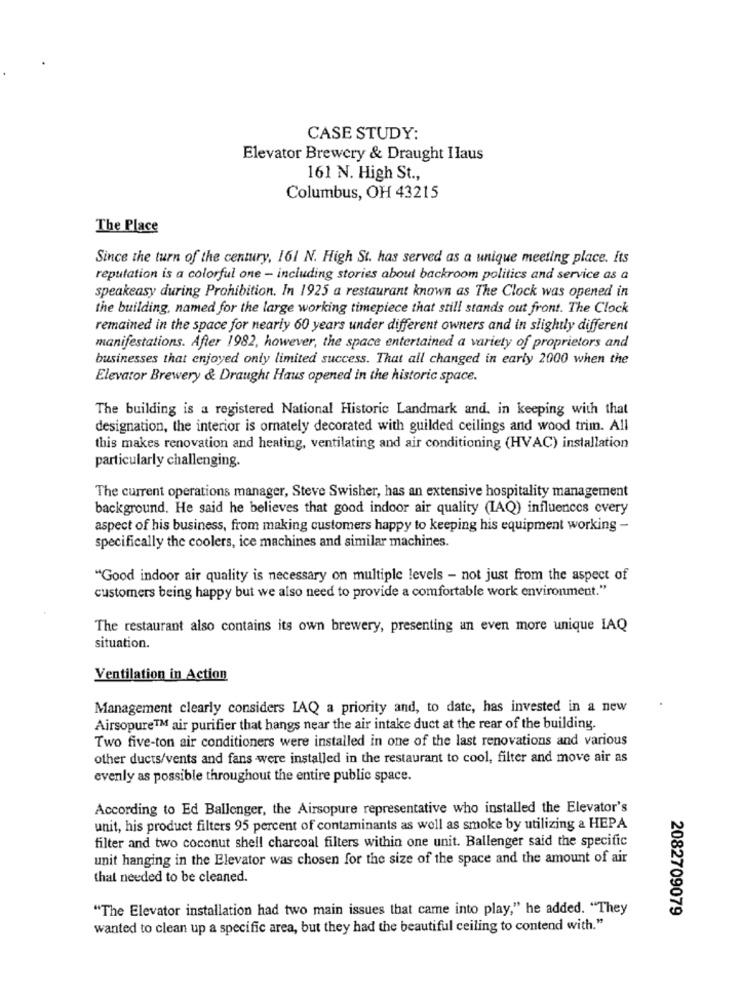
CASE STUDY:
Elevator Brewery & Draught Ilaus
161 N. High St .,
Columbus, OH 43215
The Place
Since the turn of the century, 161 N. High St. has served as a unique meeting place. its
reputation is a colorful one - including stories about backroom politics and service as a
speakeasy during Prohibition. In 1925 a restaurant known as The Clock was opened in
the building, named for the large working timepiece that still stands out front. The Clock
remained in the space for nearly 60 years under different owners and in slightly different
manifestations. After 1982, however, the space entertained a variety of proprietors and
businesses that enjoyed only limited success. That all changed in early 2000 when the
Elevator Brewery & Draught Haus opened in the historic space.
The building is a registered National Historic Landmark and. in keeping with that
designation, the interior is ornately decorated with guilded ceilings and wood trim. All
this makes renovation and heating, ventilating and air conditioning (HVAC) installation
particularly challenging.
The current operations manager, Steve Swisher, has an extensive hospitality management
background. He said he believes that good indoor air quality (IAQ) influences every
aspect of his business, from making customers happy to keeping his equipment working -
specifically the coolers, ice machines and similar machines.
"Good indoor air quality is necessary on multiple levels - not just from the aspect of
customers being happy but we also need to provide a comfortable work environment."
The restaurant also contains its own brewery, presenting an even more unique IAQ
situation.
Ventilation in Action
Management clearly considers IAQ a priority and, to date, has invested in a new
Airsopure™ air purifier that hangs near the air intake duct at the rear of the building.
Two five-ton air conditioners were installed in one of the last renovations and various
other ducts/vents and fans were installed in the restaurant to cool, filter and move air as
evenly as possible throughout the entire public space.
According to Ed Ballenger, the Airsopure representative who installed the Elevator's
unit, his product filters 95 percent of contaminants as well as smoke by utilizing a HEPA
filter and two coconut shell charcoal filters within one unit. Ballenger said the specific
unit hanging in the Elevator was chosen for the size of the space and the amount of air
that needed to be cleaned.
"The Elevator installation had two main issues that came into play," he added. "They
2082709079
wanted to clean up a specific area, but they had the beautiful ceiling to contend with."